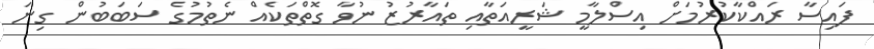
ފައިސާ ރައްކާކުރުމަށް އިސްލާމީ ޝަރީއަތާއި ތައާރުޒު ނުވާ ގޮތްތަކެއް ނެތުމުގެ ސަބަބުން ގިނަ